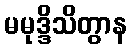
မမုဒ္ဒိသိတွာန